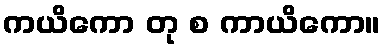
ကယိကော တု စ ကာယိကော။